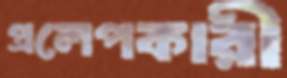
প্রলেপকারী